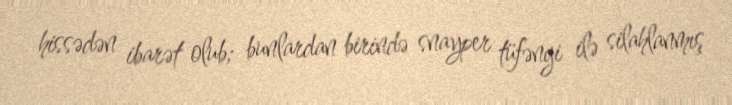
hissədən ibarət olub; bunlardan birində snayper tüfəngi ilə silahlanmış